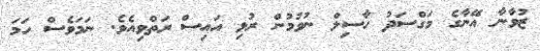
ޒުވާނާ އޭނާގެ މަގްސަދު ހާސިލް ނުވުމުން ރުޅި އައިސް ރަތްވިއެވެ. ނަމަވެސް ހަމަ